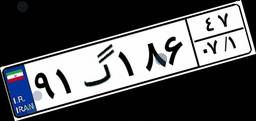
۹۱گ۱۸۶۴۷